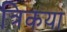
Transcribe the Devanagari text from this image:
त्रिकया